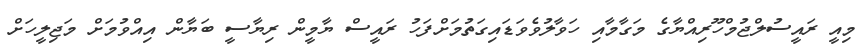
މިއީ ރައީސުލްޖުމްހޫރިއްޔާގެ މަގާމާއި ހަވާލުވެވަޑައިގަތުމަށްފަހު ރައީސް ޔާމީން ރިޔާސީ ބަޔާން އިއްވުމަށް މަޖިލީހަށް